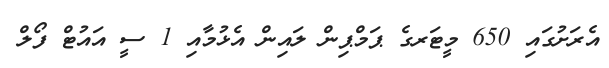
އެރަށުގައި 650 މީޓަރގެ ޕަމްޕިން ލައިން އެޅުމާއި 1 ސީ އައުޓް ފޯލް